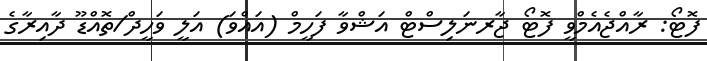
ފޮޓޯ: ރާއްޖެއެމްވީ ފޮޓޯ ޖާރނަލިސްޓް އަޝްވާ ފަހީމް (އައްވަ) އަލީ ވަހީދް/ތޮއްޑޫ ދާއިރާގެ